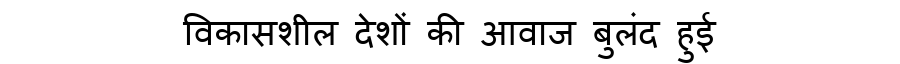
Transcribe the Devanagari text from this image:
विकासशील देशों की आवाज बुलंद हुई